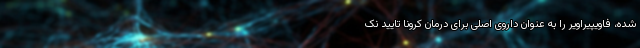
شده، فاویپیراویر را به عنوان داروی اصلی برای درمان کرونا تایید نک